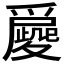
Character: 𡖀